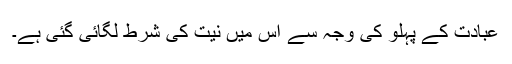
عبادت کے پہلو کی وجہ سے اس میں نیت کی شرط لگائی گئی ہے۔